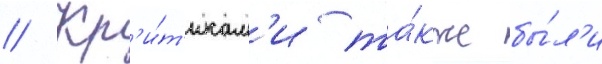
// Кр'и́т'икам'и та́кже бы́л'и